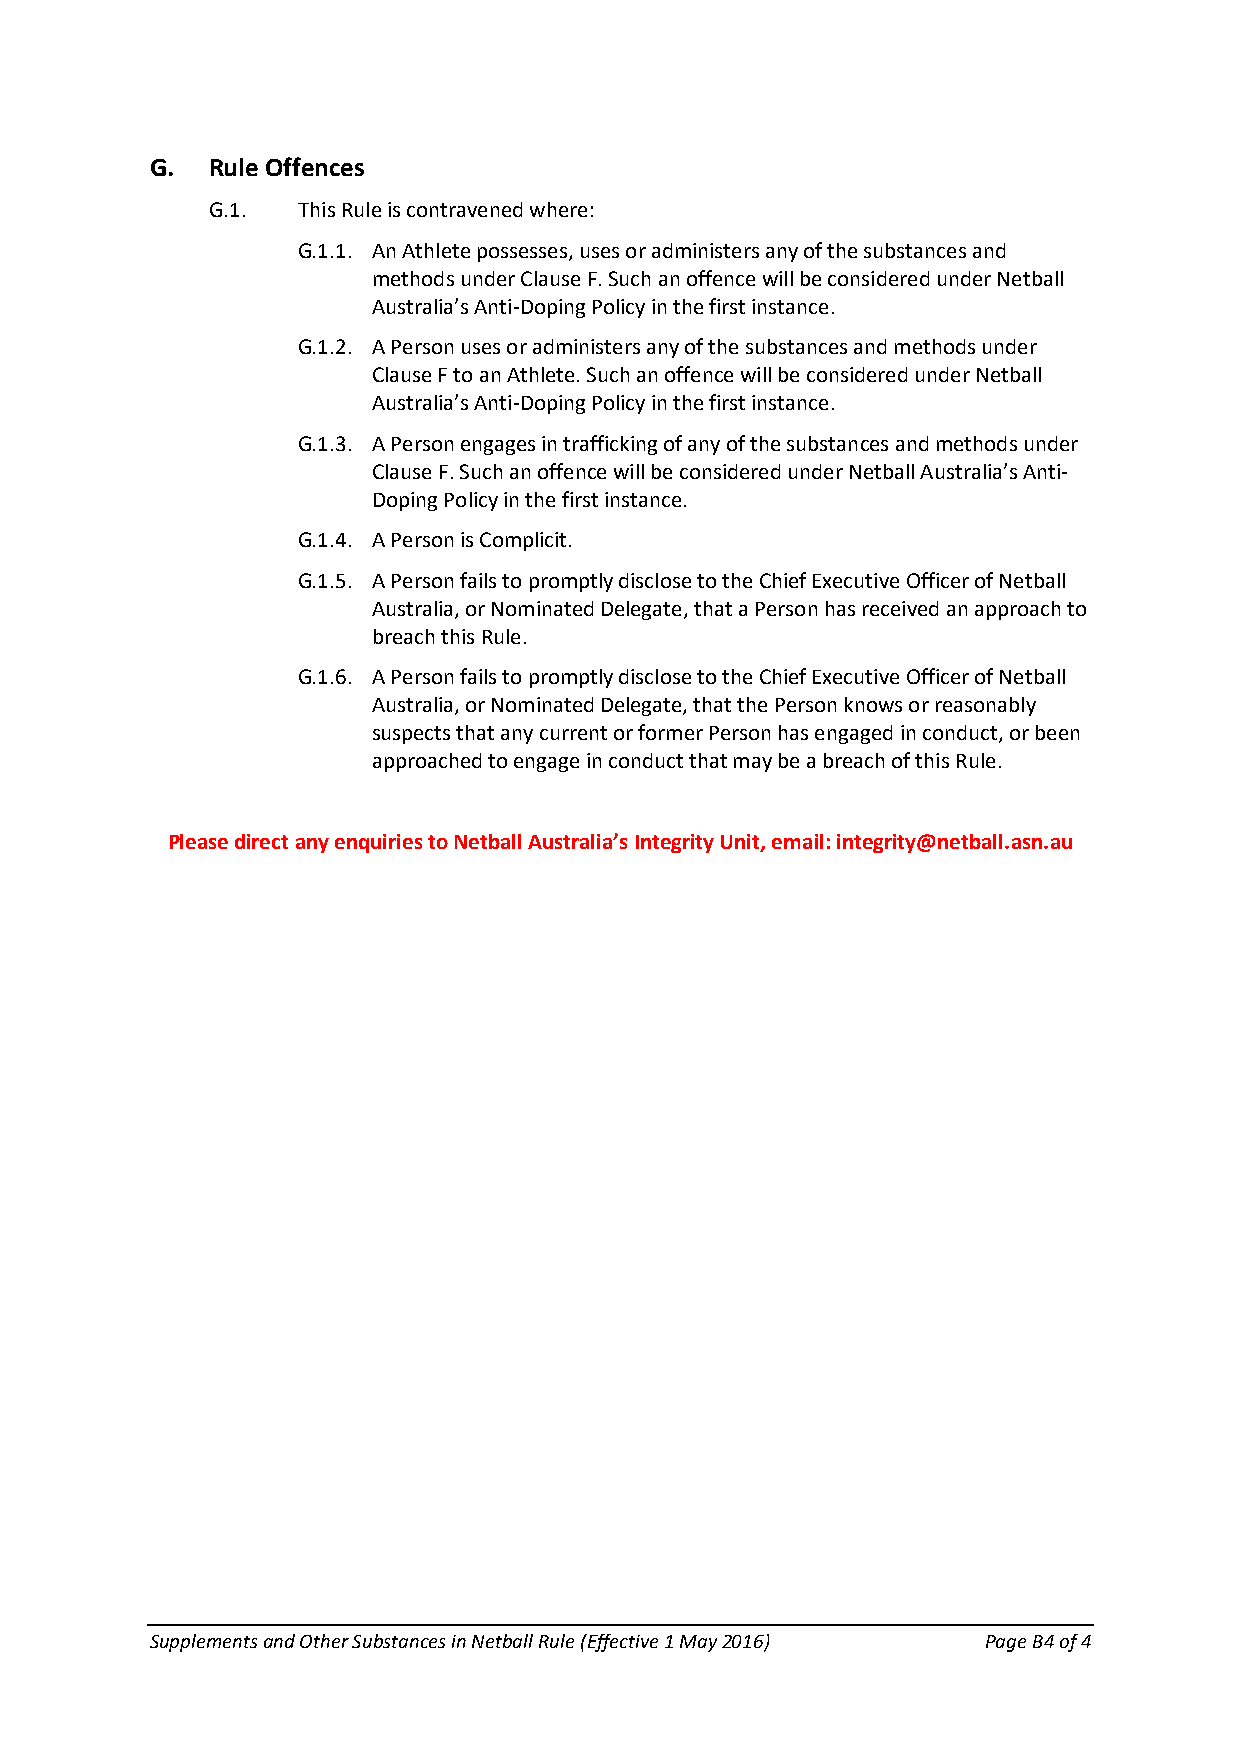
G.  Rule Offences
 G.1.  This Rule is contravened where:
 G.1.1. An Athlete possesses, uses or administers any of the substances and
 methods under Clause F. Such an offence will be considered under Netball
 Australia’s Anti-Doping Policy in the first instance.
 G.1.2. A Person uses or administers any of the substances and methods under
 Clause F to an Athlete. Such an offence will be considered under Netball
 Australia’s Anti-Doping Policy in the first instance.
 G.1.3. A Person engages in trafficking of any of the substances and methods under
 Clause F. Such an offence will be considered under Netball Australia’s Anti-
 Doping Policy in the first instance.
 G.1.4. A Person is Complicit.
 G.1.5. A Person fails to promptly disclose to the Chief Executive Officer of Netball
 Australia, or Nominated Delegate, that a Person has received an approach to
 breach this Rule.
 G.1.6. A Person fails to promptly disclose to the Chief Executive Officer of Netball
 Australia, or Nominated Delegate, that the Person knows or reasonably
 suspects that any current or former Person has engaged in conduct, or been
 approached to engage in conduct that may be a breach of this Rule.
 Please direct any enquiries to Netball Australia’s Integrity Unit, email: integrity@netball.asn.au
 Supplements and Other Substances in Netball Rule (Effective 1 May 2016) Page B4 of 4